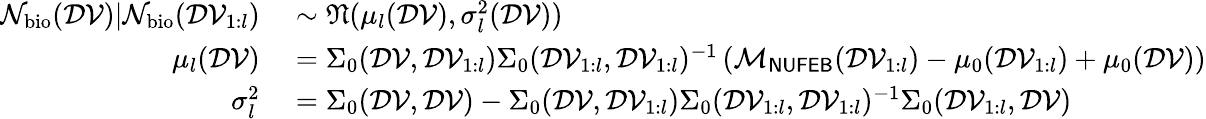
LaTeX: \begin{array}{rl}{\mathcal{N}_{\mathrm{bio}}(\mathcal{DV})|\mathcal{N}_{\mathrm{bio}}(\mathcal{DV}_{1:l})}&{{}\sim\mathfrak{N}(\mu_{l}(\mathcal{DV}),\sigma_{l}^{2}(\mathcal{DV}))}\\ {\mu_{l}(\mathcal{DV})}&{{}=\Sigma_{0}(\mathcal{DV},\mathcal{DV}_{1:l})\Sigma_{0}(\mathcal{DV}_{1:l},\mathcal{DV}_{1:l})^{-1}\left(\mathcal{M}_{\sf NUFEB}(\mathcal{DV}_{1:l})-\mu_{0}(\mathcal{DV}_{1:l})+\mu_{0}(\mathcal{DV})\right)}\\ {\sigma_{l}^{2}}&{{}=\Sigma_{0}(\mathcal{DV},\mathcal{DV})-\Sigma_{0}(\mathcal{DV},\mathcal{DV}_{1:l})\Sigma_{0}(\mathcal{DV}_{1:l},\mathcal{DV}_{1:l})^{-1}\Sigma_{0}(\mathcal{DV}_{1:l},\mathcal{DV})}\end{array}